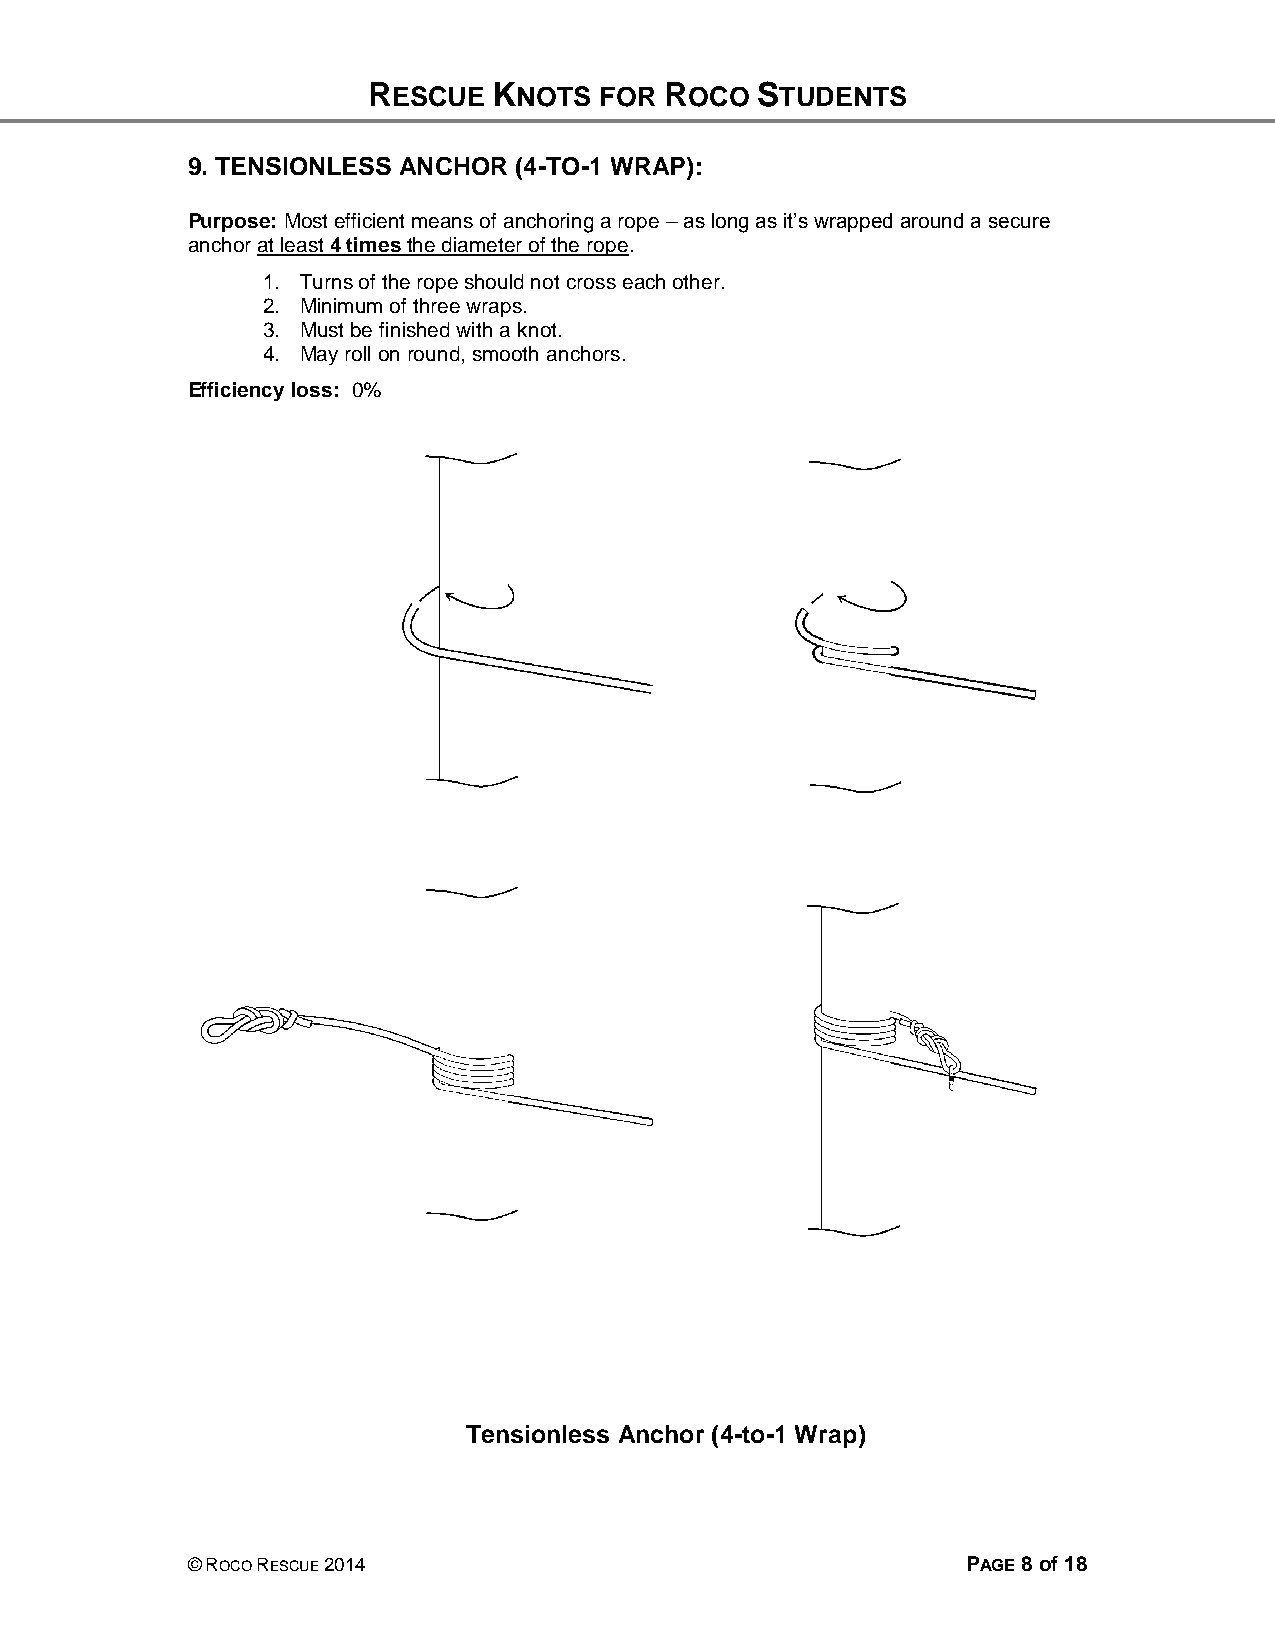
RESCUE   KNOTS  FOR ROCO  STUDENTS
 9. TENSIONLESS ANCHOR (4-TO-1 WRAP):
 Purpose: Most efficient means of anchoring a rope – as long as it’s wrapped around a secure
 anchor at least 4 times the diameter of the rope.
 1. Turns of the rope should not cross each other.
 2. Minimum of three wraps.
 3. Must be finished with a knot.
 4. May roll on round, smooth anchors.
 Efficiency loss: 0%
 Tensionless Anchor (4-to-1 Wrap)
 © ROCO RESCUE 2014                                  PAGE 8 of 18